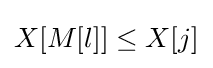
X[M[l]]\leq X[j]